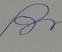
Signature authenticity: forged